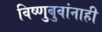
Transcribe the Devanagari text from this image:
विष्णुबुवांनाही